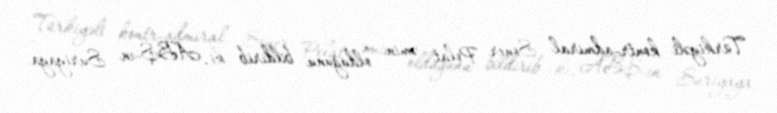
Türkiyəli kontr-admiral Soner Polat əmin olduğunu bildirib ki, ABŞ-ın Suriyaya